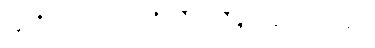
သူတို့တွေ အလုပ်ကို ညီတူညီမျှ မခွဲဝေကြဘူး။